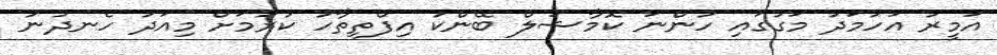
އަމީރު އަހުމަދު މަގުގައި ހުންނަ ކޮމާޝަލް ބޭންކު އިފްތިތާހު ކުރުމަށް މިއަދު ހެނދުނު